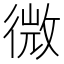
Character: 微